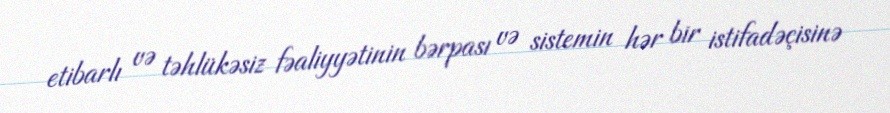
etibarlı və təhlükəsiz fəaliyyətinin bərpası və sistemin hər bir istifadəçisinə